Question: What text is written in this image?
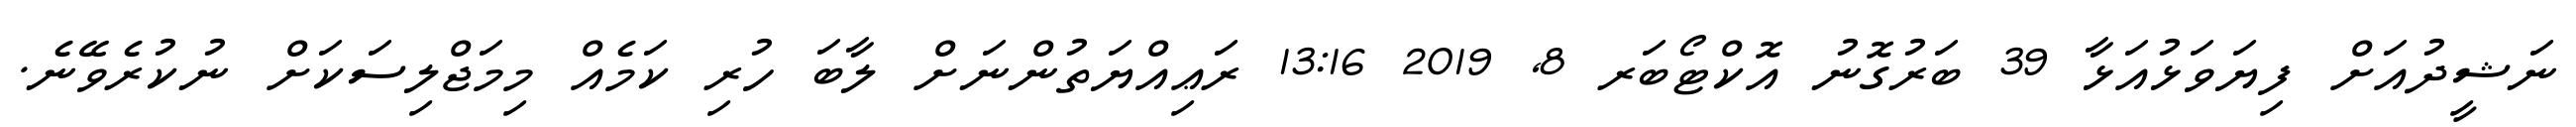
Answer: ނަޝީދުއަށް ފިޔަވަޅުއަޅާ 39 ބަރުގޮނު އޮކްޓޯބަރ 8, 2019 13:16 ރަޢިއްޔަތުންނަށް ލާބަ ހުރި ކަމެއް މިމަޖްލިސަކަށް ނުކުރެވޭނެ.